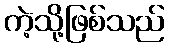
ကဲ့သို့ဖြစ်သည်